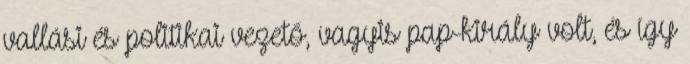
vallási és politikai vezető, vagyis pap-király volt, és így